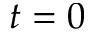
t = 0